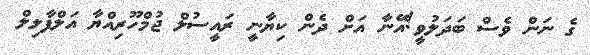
ގެ ނަން ވެސް ބަދަލުވީ!އޭނާ އަށް ދެން ކިޔާނީ ރައީސުލް ޖުމްހޫރިއްޔާ އަލްފާލިލް